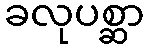
ခလုပစ္ဆာ